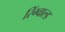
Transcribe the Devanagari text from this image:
रिंग्वाल्ड